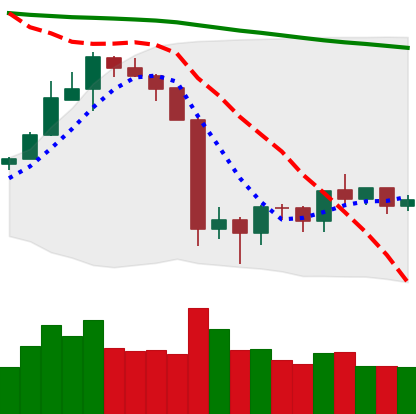
Ticker: ETH-USD
Chart end date: 2019-10-04
Forward return: 9.215%
Label: up_7plus